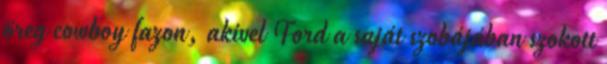
öreg cowboy fazon, akivel Ford a saját szobájában szokott